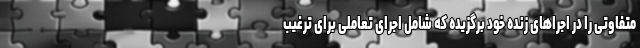
متفاوتی را در اجراهای زنده خود برگزیده که شامل اجرای تعاملی برای ترغیب